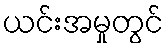
ယင်းအမှုတွင်